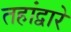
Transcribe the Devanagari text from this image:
तहांद्वारे